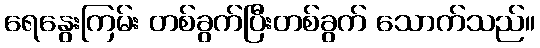
ရေနွေးကြမ်း တစ်ခွက်ပြီးတစ်ခွက် သောက်သည်။